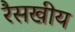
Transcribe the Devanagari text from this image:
रैसखीय